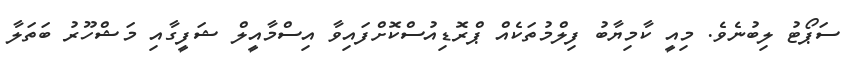
ސަޕޯޓު ލިބުނެވެ. މިއީ ކާމިޔާބު ފިލްމުތަކެއް ޕްރޮޑިއުސްކޮށްފައިވާ އިސްމާއީލް ޝަފީގާއި މަޝްހޫރު ބަތަލާ